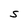
Character: S